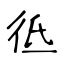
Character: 彽